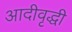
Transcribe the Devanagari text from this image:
आदीवृद्धी